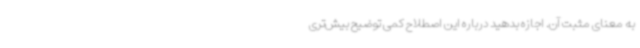
به معنای مثبت آن. اجازه بدهید درباره این اصطلاح کمی توضیح بیش‌تری